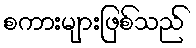
စကားများဖြစ်သည်